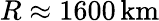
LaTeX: R\approx 1600\, {\mathrm{km}}